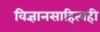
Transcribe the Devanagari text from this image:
विज्ञानसाहित्यही